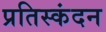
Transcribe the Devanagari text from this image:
प्रतिस्कंदन